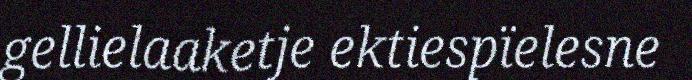
gellielaaketje ektiespïelesne